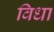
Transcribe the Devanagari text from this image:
विधा